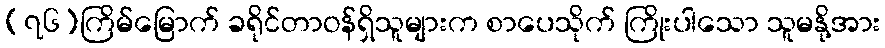
(၇၆)ကြိမ်မြောက် ခရိုင်တာဝန်ရှိသူများက စာပေသိုက် ကြိုးပါသော သူမနို့အား